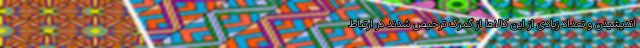
اندیشیدن و تعداد زیادی از این کالاها از گمرک ترخیص شدند در ارتباط